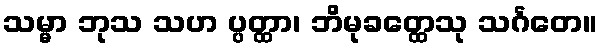
သမ္မာ ဘုသ သဟ ပ္ပတ္ထာ၊ ဘိမုခတ္ထေသု သင်္ဂတေ။